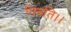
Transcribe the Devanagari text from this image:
पिबति।।